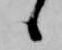
候